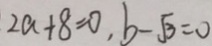
2 a + 8 = 0 , b - \sqrt { 3 } = 0